画像に写った文字を読んでください
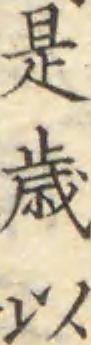
「是歳以」と書いてあります